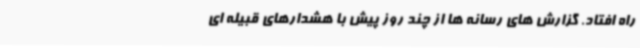
راه افتاد. گزارش های رسانه ها از چند روز پیش با هشدارهای قبیله ای